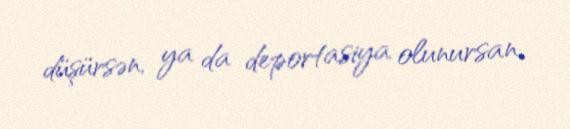
düşürsən, ya da deportasiya olunursan.